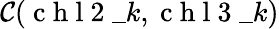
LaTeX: \mathcal{C}(\mathrm{~c~h~l~2~}\_ {k},\mathrm{~c~h~l~3~}\_ {k})